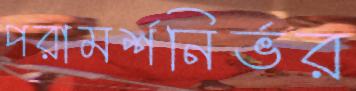
পরামর্শনির্ভর